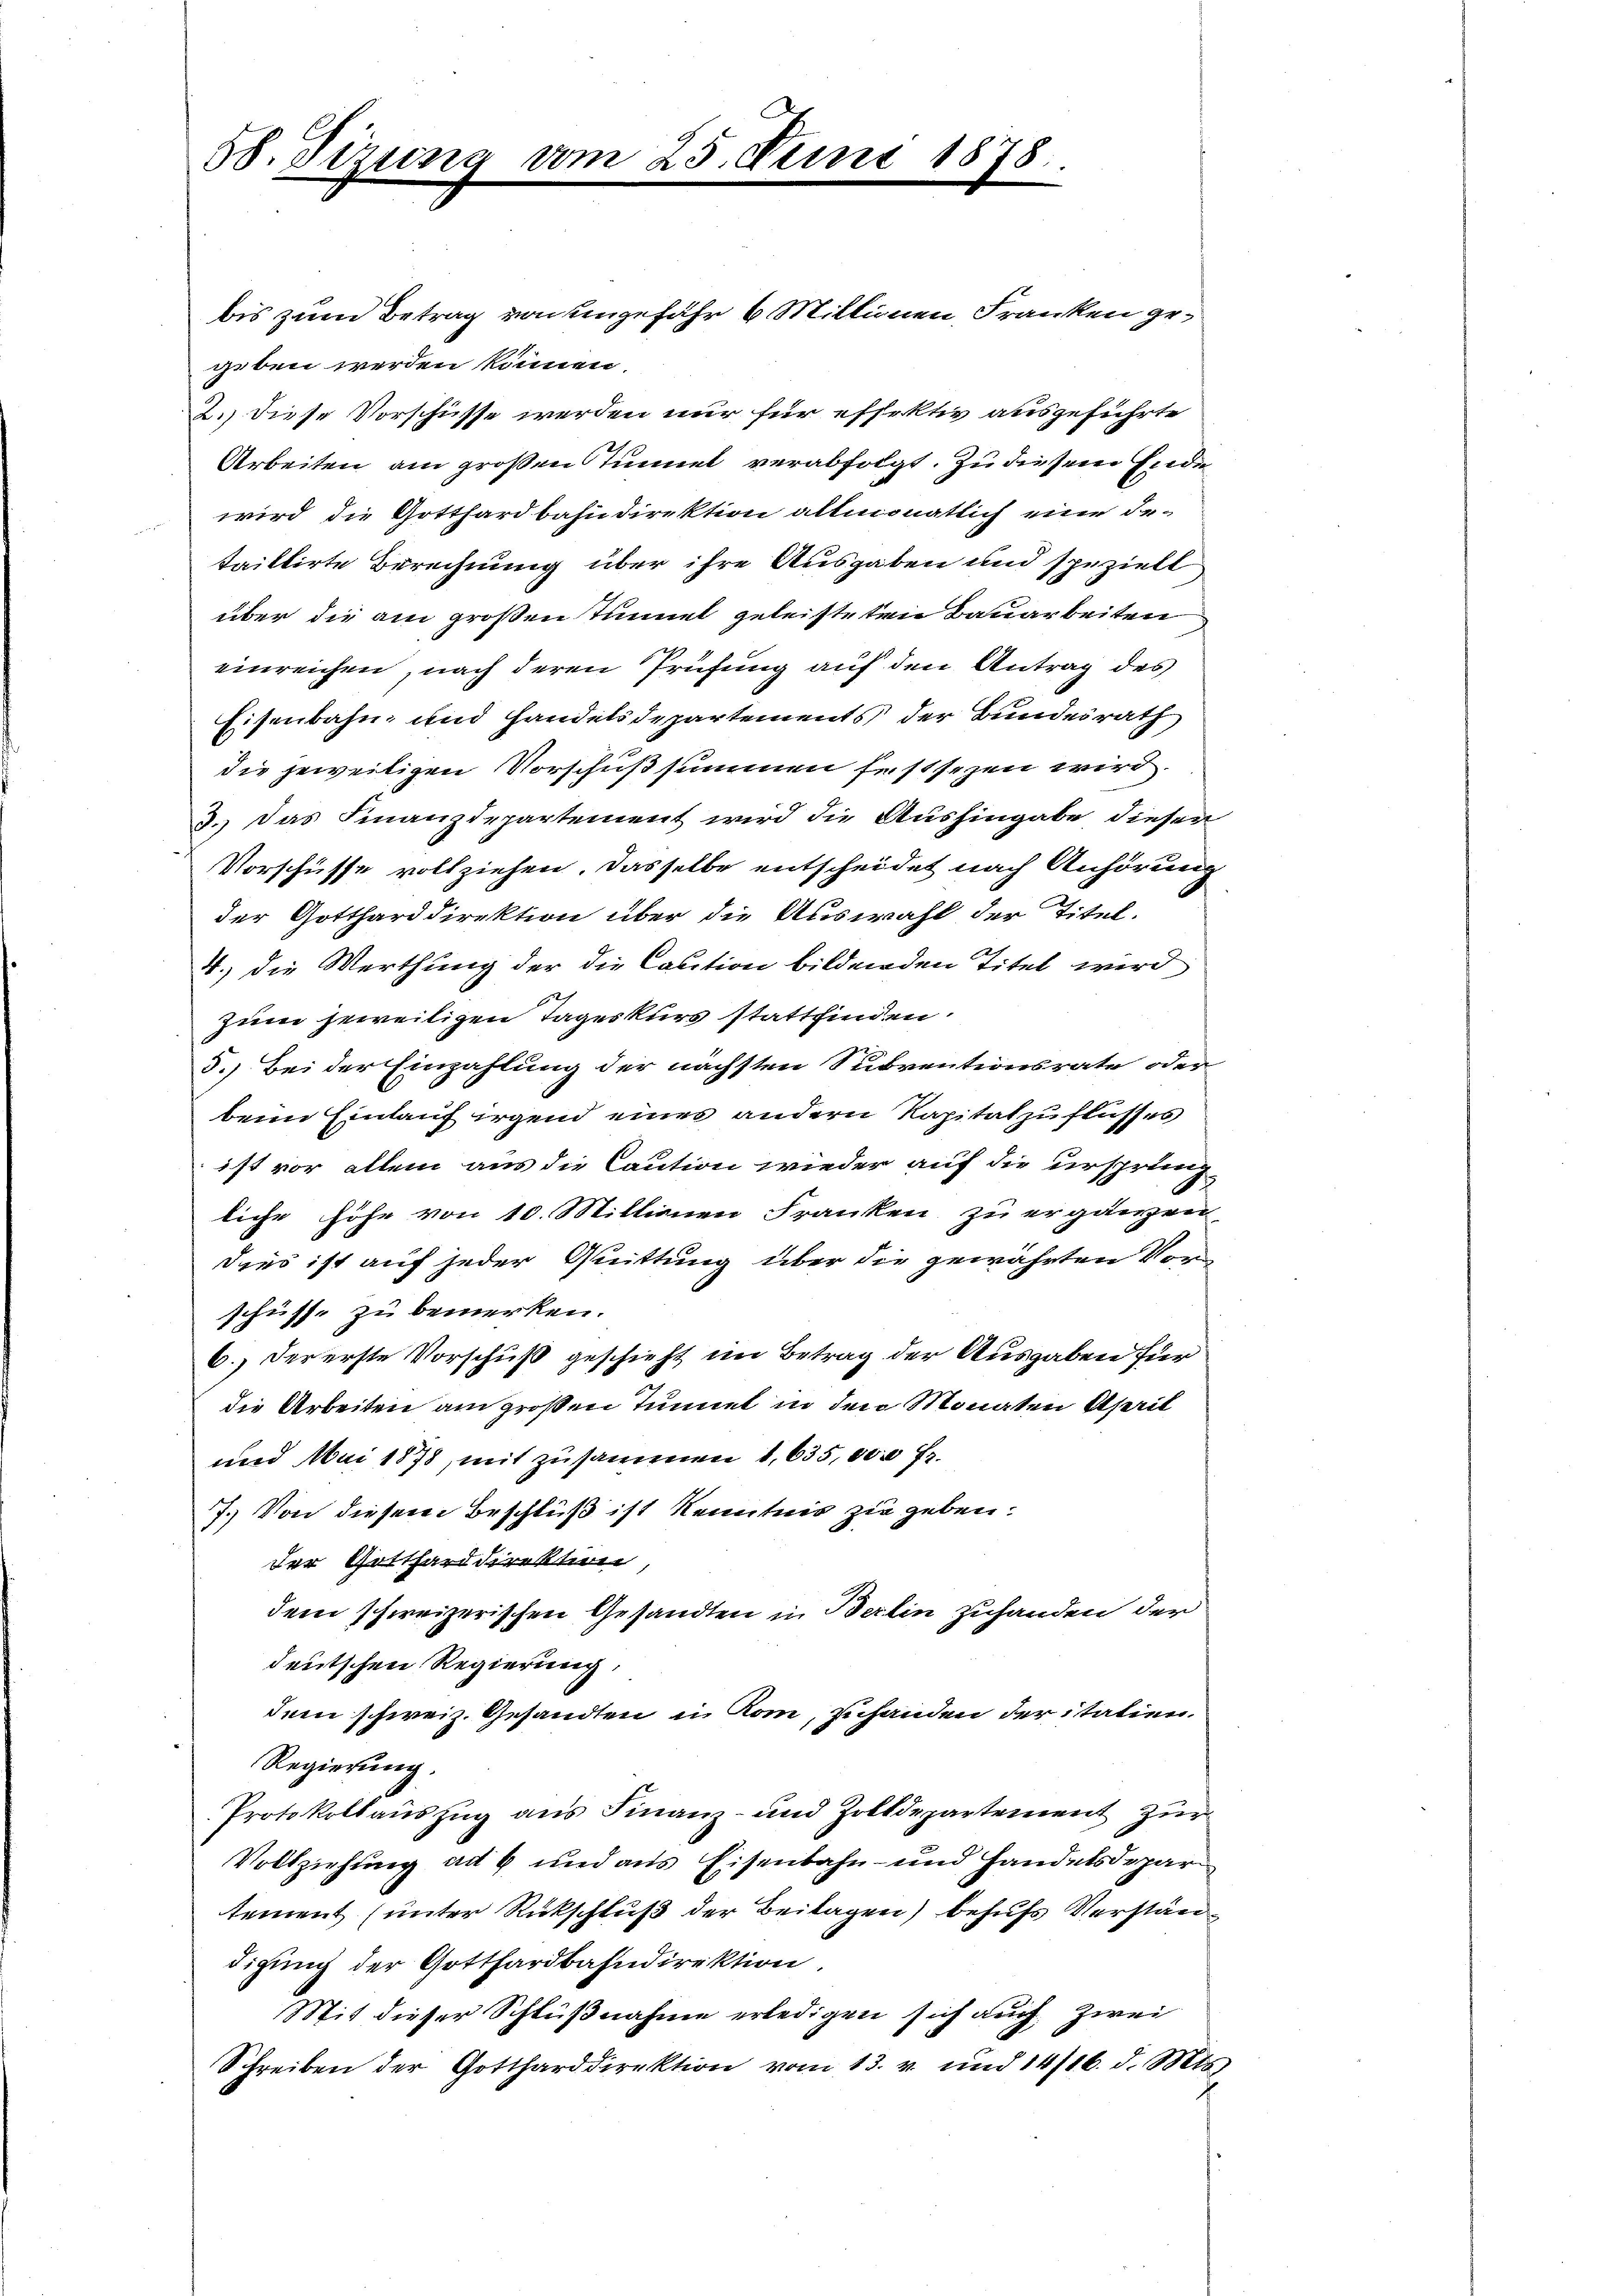
58. Sizung

25. Dem

178

bis zum Betrag von eingefähr 4 Millionen, Franken gegeben werden können.
2.) Diese Vorschüsse werden nur für effektiv ausgeführte
Arbeiten am großen Tunnel verabfolgt. Zu diesem Ende
wird die Gotthardbahndirektion allmonatlich eine Detrittirte Berechnung über ihre Ausgaben und spezielt
über die am großen Tunnel geleisteten Bauarbeiten
einreichen, nach deren Prüfung auf den Antrag des
Eisenbahn und Handelsdepartements der Bundesrath
die jeweiligen Vorschußsummen festsezen wird.
3. Das Finanzdepartement wird die Aushingabe dieser
Vorschüsse vollziehen. Dasselbe entscheidet nach Anhörung
der Gottharddirektion über die Auswahl der Titel.
4.) die Werthung der die Caution bildenden Titel wird
zum jeweiligen Tageskiers stattfinden.
5.) Bei der Einzahlung der nächsten Subventionsrate oder
beim Einlauf irgend eines andern Kapitat zuflusses
ist vor allein aus die Caution wieder auf die ursprung
liche Höhe von 10. Millionen Franken zu ergänzen
Dies ist auf jeder Quittung über die gewährten Vor-
schüsse zu bemerken.
6.) Der erste Vorschuß geschieht im Betrag der Ausgaben für
die Arbeiten am großen Tunnel in den Monaten Aserit
und Mai 1878, mit zusammen 1,635,000 fr.
7.) Von diesem Beschluß ist kenntnis zu geben.
der Gotthard direktion,
dem schweizerischen Gesandten in Berlin zuhanden der
deutschen Regierung,
dem schweiz. Gesandten in Rom, zuhanden der italien.
Regierung.
Protokollaŭszŭg ans Finanz- und Zolldepartement zŭr
Vollziehung ad 6 und aus Eisenbahn- und Handelsdepar
tement (unter Rückschluß der Beitagen) behufs Verständigung der Gotthardbahndirektion
Mit dieser Schlußnahme erledigen sich auch zwei
Schreiben der Gottharddirektion vom 13. v. und 14/16. d. Mts.